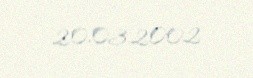
20.03.2002